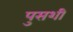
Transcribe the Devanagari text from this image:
पुसशी